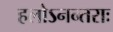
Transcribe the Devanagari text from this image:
हलोऽनन्तराः